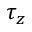
\tau _ { z }